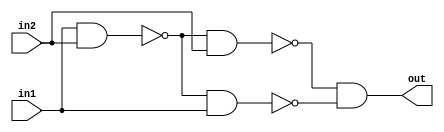
module xnorfromnand (
    out, in1, in2
);
    input in1, in2;
    output out;
    wire wire1, wire2, wire3, wire4;

    nand n1(wire1, in1, in2);
    nand n2(wire2, wire1, in1);
    nand n3(wire3, wire1, in2);
    nand n4(wire4, wire3, wire2);
    nand n5(out, wire4, wire4);

    
endmodule